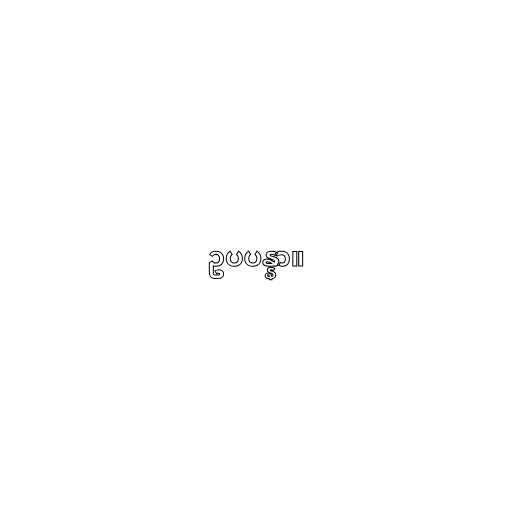
ဥပပန္နာ။